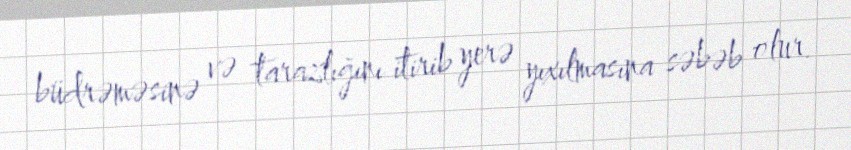
büdrəməsinə və tarazlığını itirib yerə yıxılmasına səbəb olur.